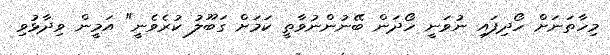
މިހާތަނަށް ހޯދިފައި ނުވަނީ ހޯދަން ބޭނުންނުވާތީ ކަމަށް ގަބޫލު ކުރެވެނީ" އަމީން ވިދާޅުވި